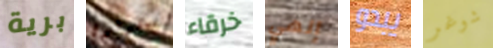
برية سيقولون خرقاء إلهي يبدو شوغر